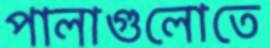
পালাগুলোতে